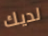
لديك